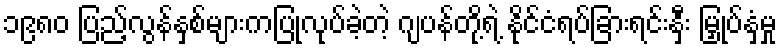
၁၉၈၀ ပြည့်လွန်နှစ်များကပြုလုပ်ခဲ့တဲ့ ဂျပန်တို့ရဲ့ နိုင်ငံရပ်ခြားရင်းနှီး မြှုပ်နှံမှု